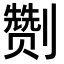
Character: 𭄛